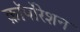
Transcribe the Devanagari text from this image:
क़ाॅर्पोरेशन